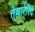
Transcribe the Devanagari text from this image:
तेल्लारेंरिद